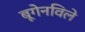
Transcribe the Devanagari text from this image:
बूगेनविले